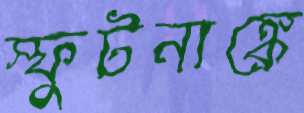
স্ফুটনাঙ্কে